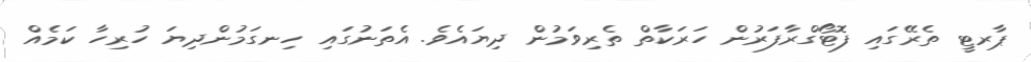
ޕާރޓީ ތެރޭގައި ފޮޓޯގްރާފަރުން ހަރަކާތް ތެރިވަމުން ދިޔައެވެ. އެތަނުގައި ހިނގަމުންދިޔަ ހުރިހާ ކަމެއް